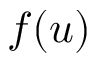
f ( u )